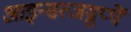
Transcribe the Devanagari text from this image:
आइन्सत्जग्रुप्पें